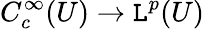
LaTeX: C_{c}^{\infty}(U)\to\mathtt{L}^{p}(U)